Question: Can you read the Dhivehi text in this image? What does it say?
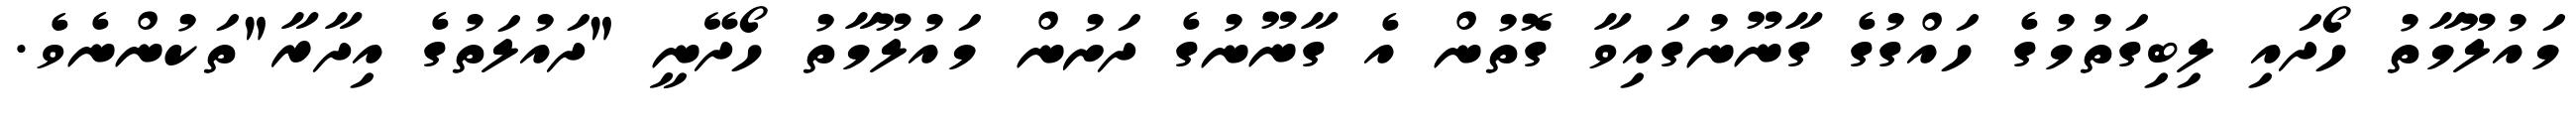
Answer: މައުލޫމާތު ހޯދައި ލިބިގަތުމުގެ ހައްގުގެ ގާނޫނުގައިވާ ގޮތުން އެ ގާނޫނުގެ ދަށުން މައުލޫމާތު ހޯދޭނީ "ދައުލަތުގެ އިދާރާ"ތަކުންނެވެ.